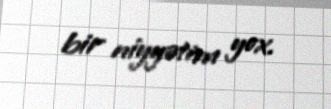
bir niyyətim yox.